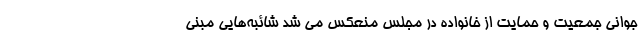
جوانی جمعیت و حمایت از خانواده در مجلس منعکس می شد شائبه‌هایی مبنی